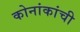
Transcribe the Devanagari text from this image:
कोनांकांची